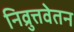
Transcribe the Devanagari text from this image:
निव्रुत्तवेतन